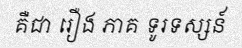
គឺជា រឿង ភាគ ទូរទស្សន៍